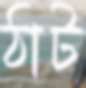
ঠাট